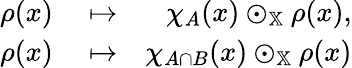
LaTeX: \begin{array}{rlr}{\rho(x)}&{{}\mapsto}&{\chi_{A}(x)\odot_{\mathbb{X}}\rho(x),}\\ {\rho(x)}&{{}\mapsto}&{\chi_{A\cap B}(x)\odot_{\mathbb{X}}\rho(x)}\end{array}